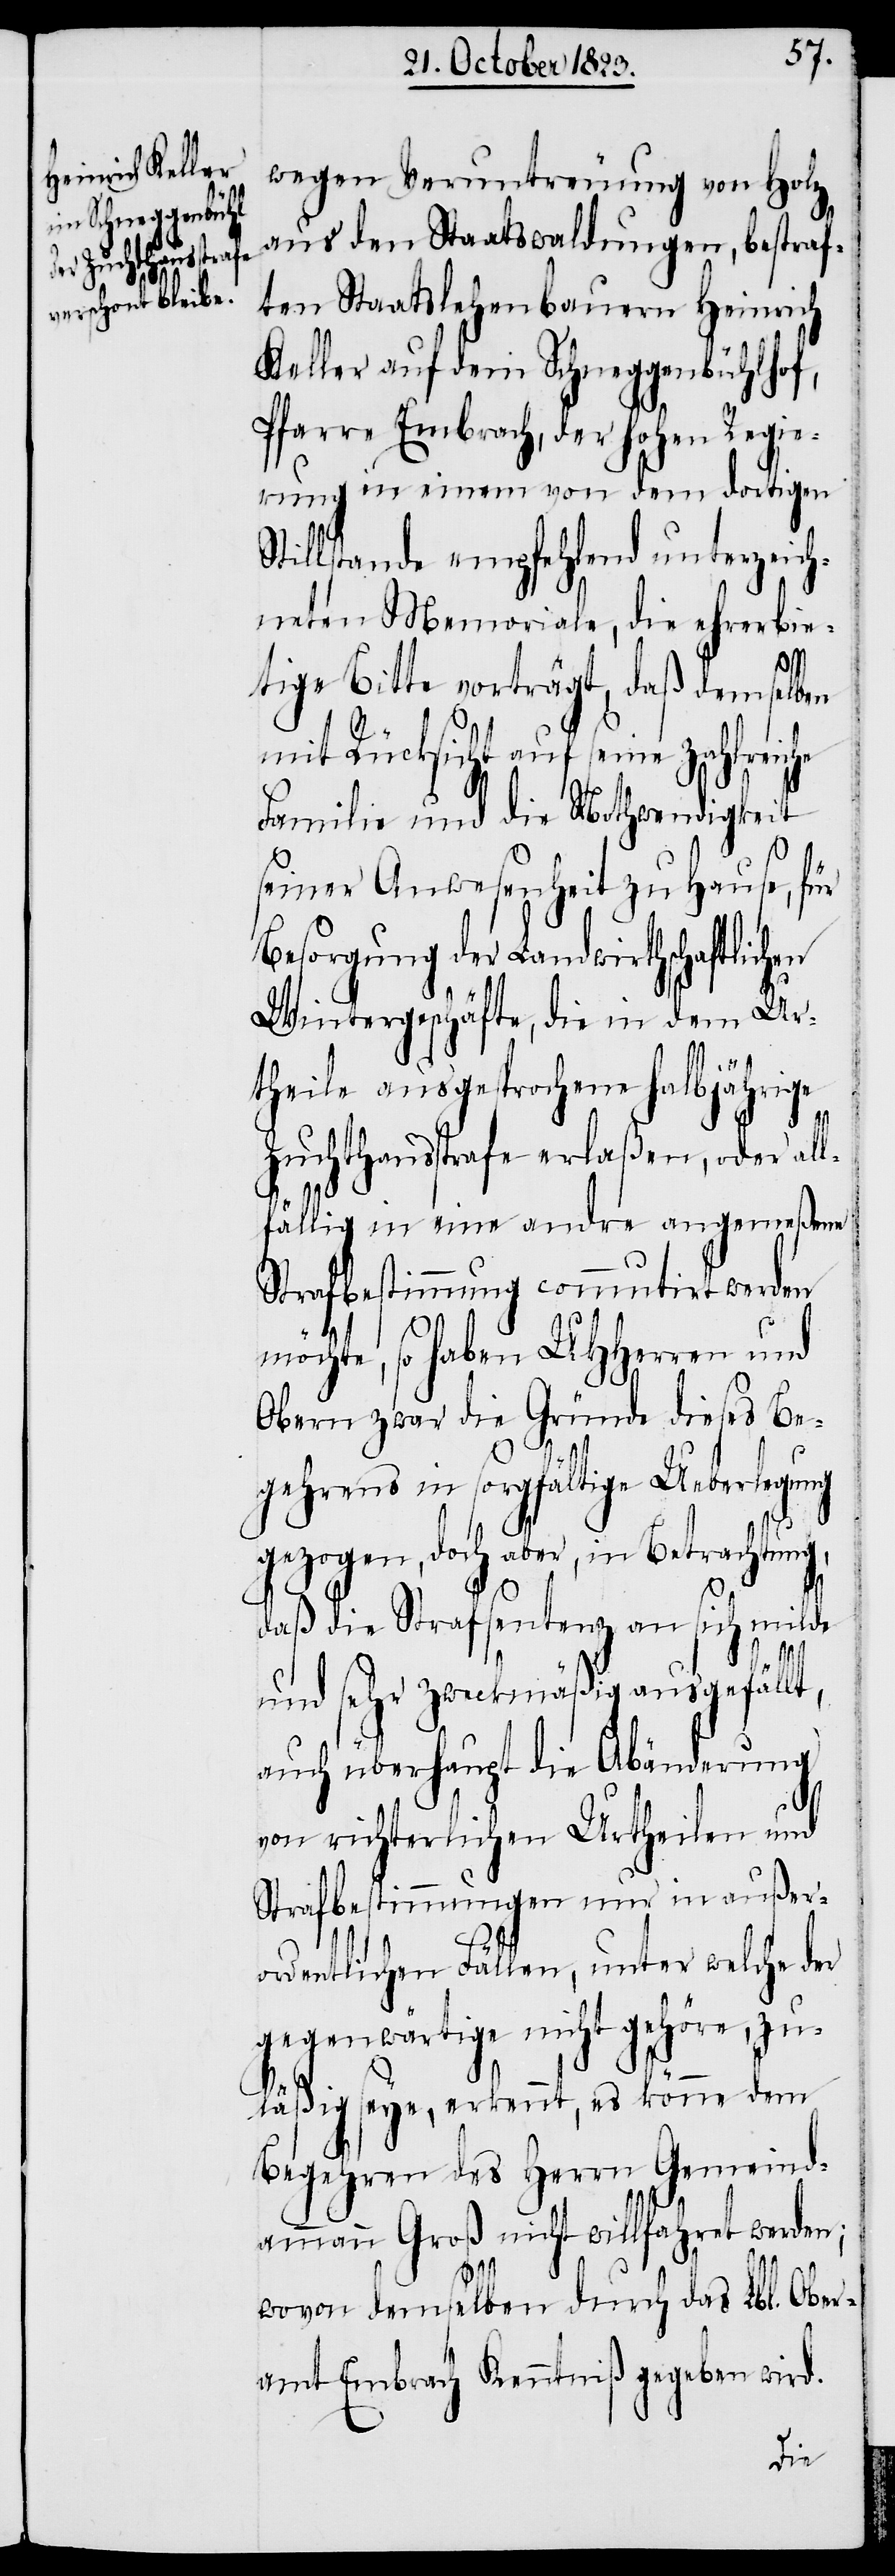
wegen Veruntreuung von Holz
aus den Staatswaldungen, bestraf¬
ten Staatslehenbauern Heinrich
Keller auf dem Schneggenbühlh¬
Pfarre Embrach, der hohen Regie¬
rung in einem von dem dortigen
Stillstande empfehlend unterzeich¬
neten Memoriale, die ehrerbie¬
tige Bitte vorträgt, daß demselben
mit Rücksicht auf seine zahlre¬
Familie und die Nothwendigkeit
seiner Anwesenheit zu Hause, für
Besorgung der landwirthschaftlich¬
Wintergeschäfte, die in dem Ur¬
theile ausgesprochene halbjährige
Zuchthausstrafe erlaßen, oder al¬
lfällig in eine andre angemeßene
Strafbestimmung commutirt werden
möchte, so haben UHHerren und
Obern zwar die Gründe dieses Be¬
gehrens in sorgfältige Ueberlegung
gezogen, doch aber, in Betrachtung,
daß die Strafsentenz an sich milde
und sehr zweckmäßig ausgefällt,
auch überhaupt die Abänderung
en
von richterlichen Urtheilen und
Strafbestimmungen nur in außer¬
ordentlichen Fällen, unter welche der
gegenwärtige nicht gehöre, zu¬
läßig seye, erkennt, es könne dem
Begehren des Herrn Gemeind¬
ammann Groß nicht willfahret werden;
wovon demselben durch das Lbl. Ober¬
amt Embrach Kenntniß gegeben wird.